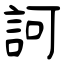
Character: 訶